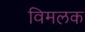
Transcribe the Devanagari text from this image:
विमलक